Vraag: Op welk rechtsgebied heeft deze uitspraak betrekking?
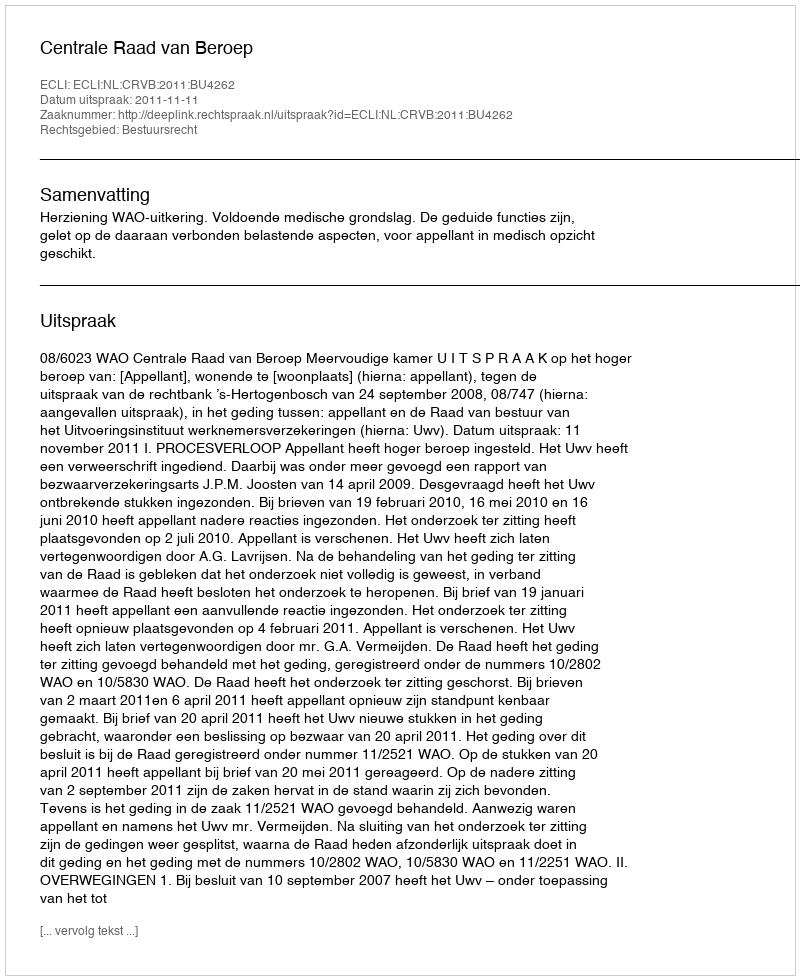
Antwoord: Bestuursrecht